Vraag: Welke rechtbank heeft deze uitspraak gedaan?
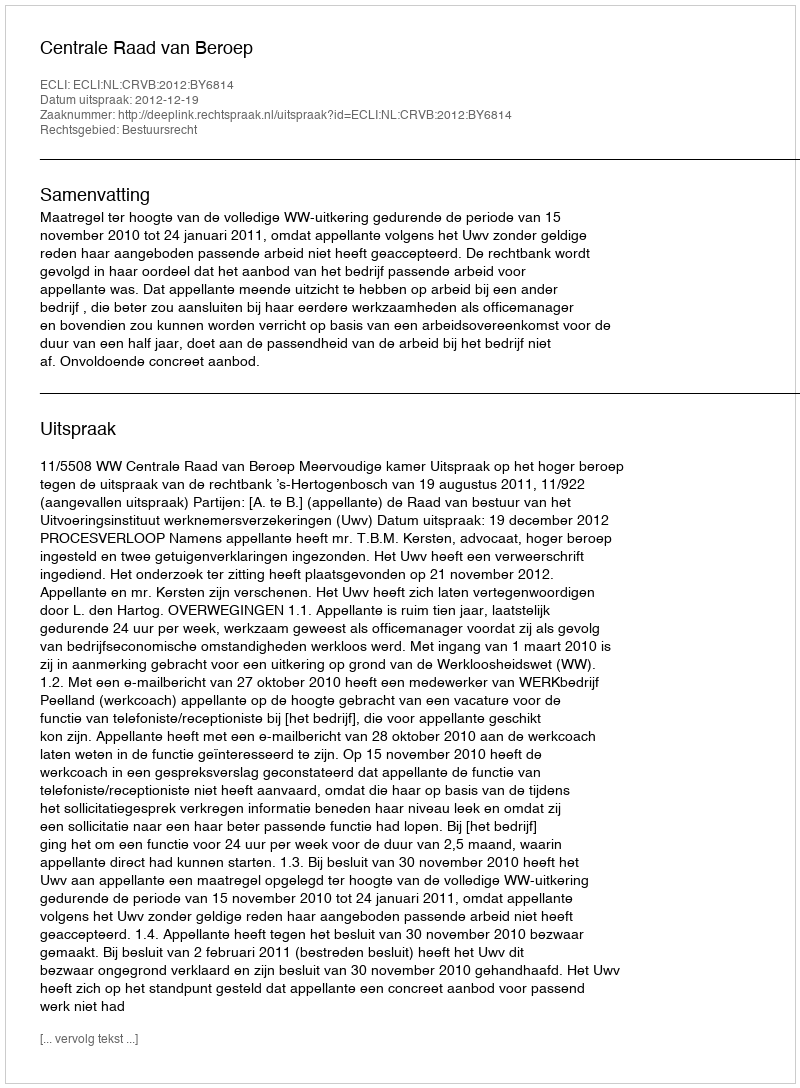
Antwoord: Centrale Raad van Beroep